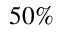
5 0 \%